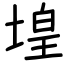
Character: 堭